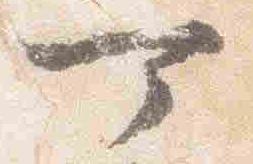
可